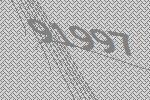
91997